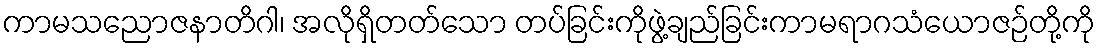
ကာမသညောဇနာတိဂါ၊ အလိုရှိတတ်သော တပ်ခြင်းကိုဖွဲ့ချည်ခြင်းကာမရာဂသံယောဇဉ်တို့ကို